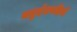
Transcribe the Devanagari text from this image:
चतुर्दशपदियाँ